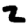
Digit: 2